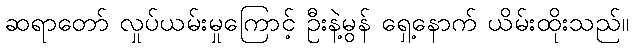
ဆရာတော် လှုပ်ယမ်းမှုကြောင့် ဦးနဲ့မွန် ရှေ့နောက် ယိမ်းထိုးသည်။